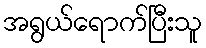
အရွယ်ရောက်ပြီးသူ